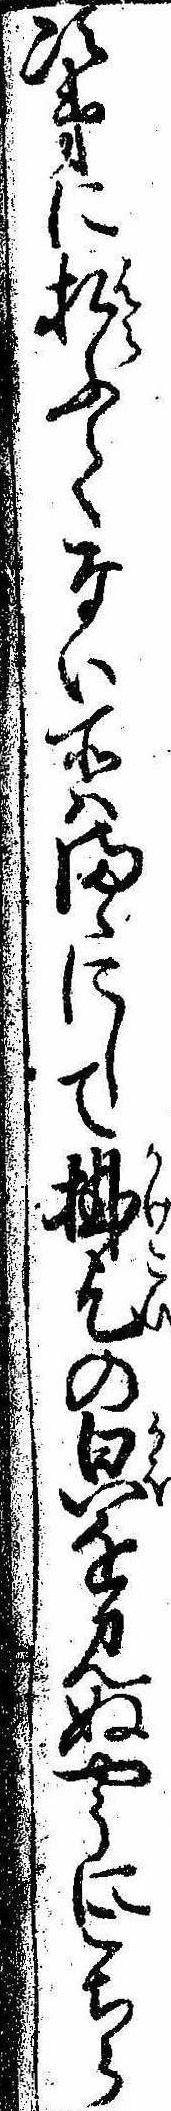
次第に払ふてない所はまゝにして掛乞の㒵を見ぬやうにこちら